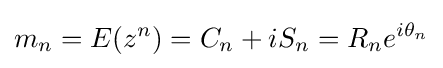
m_{n}=E(z^{n})=C_{n}+iS_{n}=R_{n}e^{i\theta _{n}}